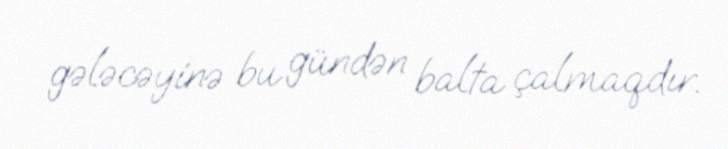
gələcəyinə bu gündən balta çalmaqdır.